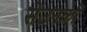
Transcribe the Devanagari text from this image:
सेउनकी